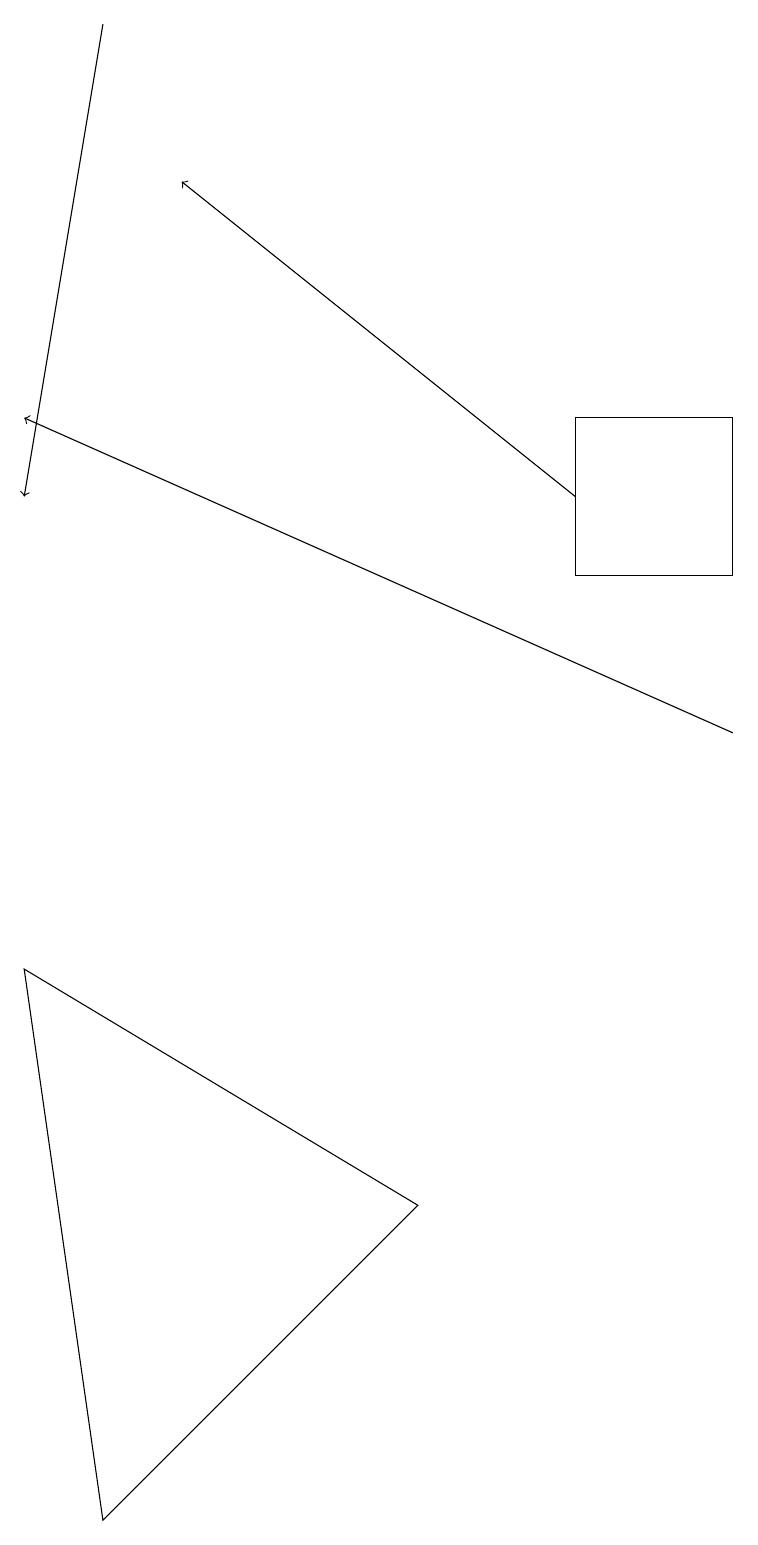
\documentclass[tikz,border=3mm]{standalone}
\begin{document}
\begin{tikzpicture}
\draw (7,12) rectangle (9,14);
\draw (5,4) -- (1,0) -- (0,7) -- cycle;
\draw[->] (1,19) -- (0,13);
\draw[->] (9,10) -- (0,14);
\draw[->] (7,13) -- (2,17);
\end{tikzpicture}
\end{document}